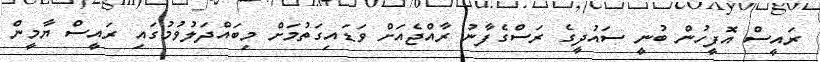
ރައީސް އޮފީހުން ބުނީ ސަައުދީގެ ރަސްގެފާނު ރާއްޖެއަށް ވަޑައިގަތުމަށް މިބައްދަލުވުމުގައި ރައީސް ޔާމީން